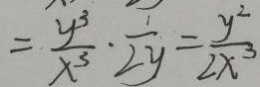
= \frac { y ^ { 3 } } { x ^ { 3 } } \cdot \frac { 1 } { 2 y } = \frac { y ^ { 2 } } { 2 x ^ { 3 } }